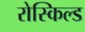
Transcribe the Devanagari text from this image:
रोस्किल्ड